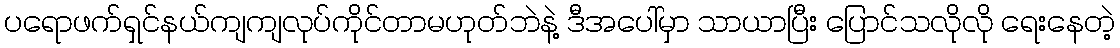
ပရောဖက်ရှင်နယ်ကျကျလုပ်ကိုင်တာမဟုတ်ဘဲနဲ့ ဒီအပေါ်မှာ သာယာပြီး ပြောင်သလိုလို ရေးနေတဲ့